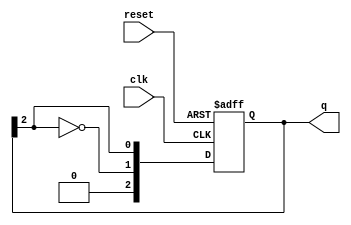
module johnson_counter #(
    parameter N = 3 // Number of flip-flops (adjustable)
) (
    input wire clk,          // Clock input
    input wire reset,        // Asynchronous reset
    output reg [N-1:0] q     // Output state of the counter
);

    always @(posedge clk or posedge reset) begin
        if (reset) begin
            q <= 0; // Initialize state to 0 on reset
        end else begin
            // Shift the counter and feed back the inverted last flip-flop
            q <= {~q[N-1], q[N-1:N-1]}; // Invert last flip-flop output and shift
        end
    end

endmodule